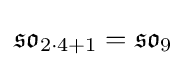
{\mathfrak {so}}_{2\cdot 4+1}={\mathfrak {so}}_{9}